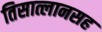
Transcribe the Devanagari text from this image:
तिसात्लानसह